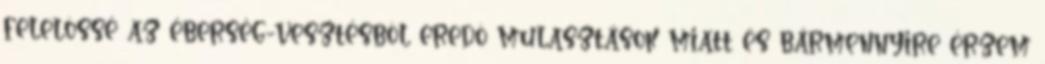
felelõssé az éberség-vesztésbõl eredõ mulasztások miatt és bármennyire érzem